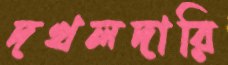
দখলদারি